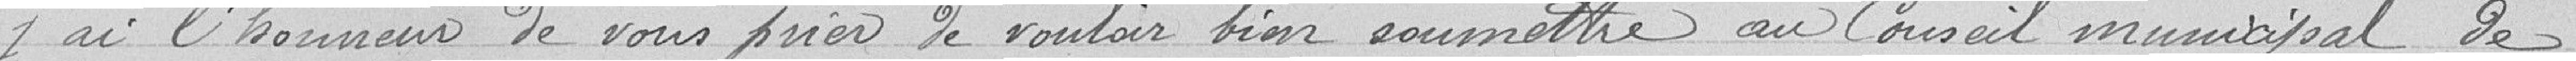
j'ai l'honneur de vous prier de vouloir bien soumettre au Conseil Municipal de